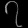
Digit: ၇